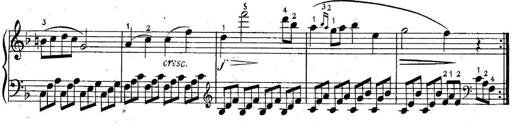
Title: 6 Easy Sonatinas
Composer: Carl Czerny